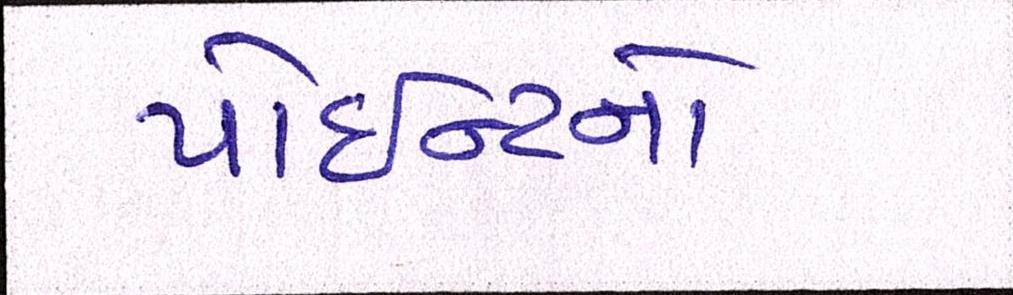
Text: પોઇન્ટનો